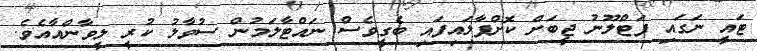
ޓައީ ނަގައި ފަޓްލޫނު ޖީބަށް ކޮށްޕާލައިފައި ބެގީވެސް ނައްޓާލަމުން ސުވާލު ކުރީ ލީވާންއާއެވެ.